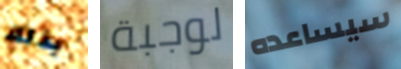
بذلك لوجبة سيساعده